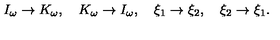
I _ { \omega } \rightarrow K _ { \omega } , \quad K _ { \omega } \rightarrow I _ { \omega } , \quad \xi _ { 1 } \rightarrow \xi _ { 2 } , \quad \xi _ { 2 } \rightarrow \xi _ { 1 } .